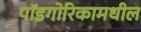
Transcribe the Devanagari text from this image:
पॉडगोरिकामधील